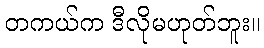
တကယ်က ဒီလိုမဟုတ်ဘူး။